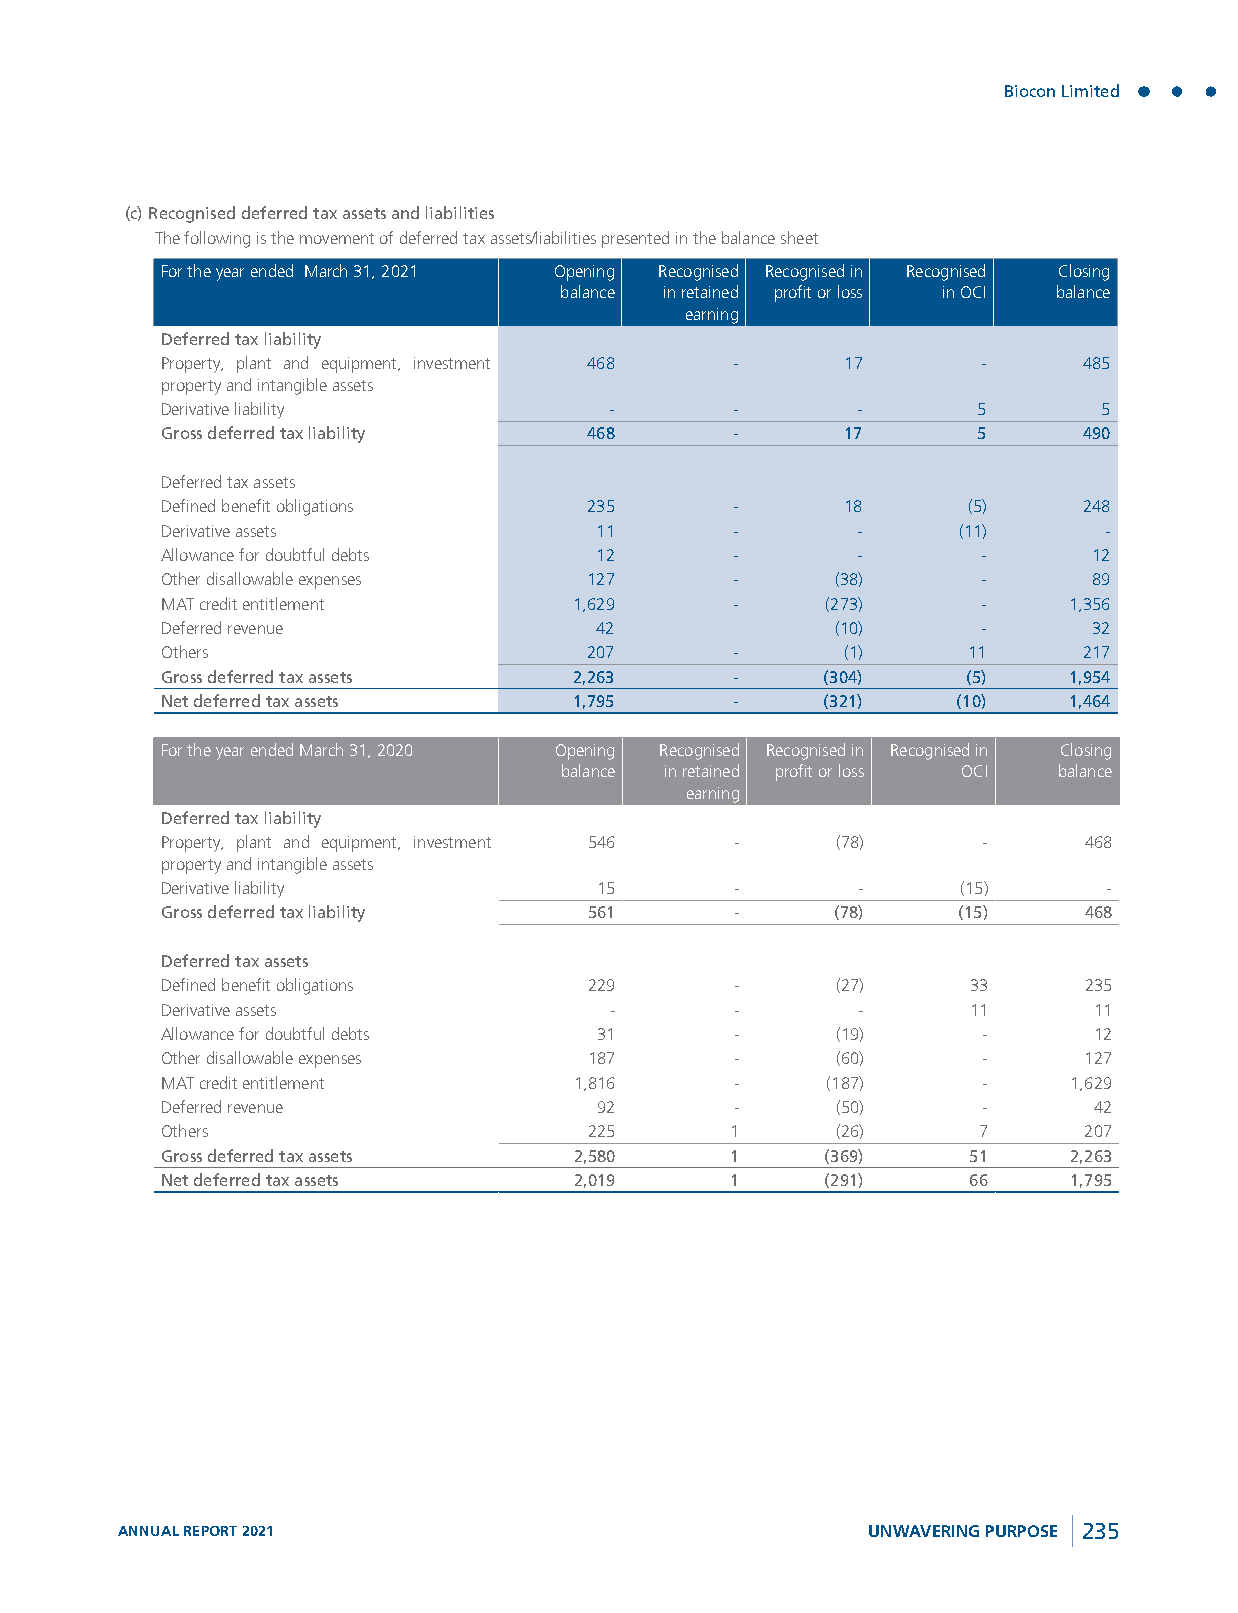
Biocon Limited
 (c) Recognised deferred tax assets and liabilities
 The following is the movement of deferred tax assets/liabilities presented in the balance sheet
 For the year ended March 31, 2021 Opening Recognised Recognised in Recognised Closing
 balance in retained profit or loss in OCI balance
 earning
 Deferred tax liability
 Property, plant and equipment, investment 468 - 17    -      485
 property and intangible assets
 Derivative liability         -        -       -       5       5
 Gross deferred tax liability 468      -      17       5      490
 Deferred tax assets
 Defined benefit obligations 235       -      18      (5)     248
 Derivative assets           11        -       -     (11)      -
 Allowance for doubtful debts 12       -       -       -      12
 Other disallowable expenses 127       -     (38)      -      89
 MAT credit entitlement     1,629      -     (273)     -     1,356
 Deferred revenue            42              (10)      -      32
 Others                      207       -      (1)     11      217
 Gross deferred tax assets  2,263      -     (304)    (5)    1,954
 Net deferred tax assets    1,795      -     (321)   (10)    1,464
 For the year ended March 31, 2020 Opening Recognised Recognised in Recognised in Closing
 balance in retained profit or loss OCI balance
 earning
 Deferred tax liability
 Property, plant and equipment, investment 546 - (78)  -      468
 property and intangible assets
 Derivative liability         15       -       -      (15)     -
 Gross deferred tax liability 561      -     (78)    (15)     468
 Deferred tax assets
 Defined benefit obligations 229       -     (27)     33      235
 Derivative assets            -        -       -      11      11
 Allowance for doubtful debts 31       -     (19)      -      12
 Other disallowable expenses 187       -     (60)      -      127
 MAT credit entitlement     1,816      -     (187)     -     1,629
 Deferred revenue             92       -     (50)      -      42
 Others                      225      1      (26)      7      207
 Gross deferred tax assets  2,580     1      (369)    51     2,263
 Net deferred tax assets    2,019     1      (291)    66     1,795
 ANNUAL REPORT 2021                               UNWAVERING PURPOSE 235